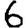
Digit: 6